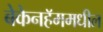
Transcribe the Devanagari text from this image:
बेकेनहॅममधील